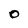
Character: O